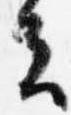
去